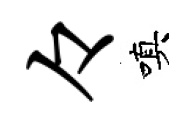
々嗔